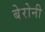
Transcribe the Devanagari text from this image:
बेरोनी